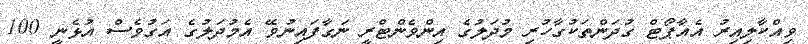
ވިއްކާލިއިރު އެއާޕޯޓް ގުދަންތަކުގާހުރި މުދަލުގެ އިންވެންޓްރީ ނަގާފައިނުވޭ އެމުދަލުގެ އަގުވެސް އުޅެނީ 100